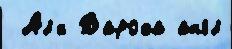
 Ал'́н Вароха англ